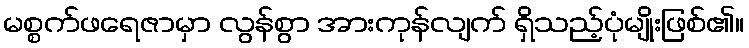
မစ္စက်ဖရေဇာမှာ လွန်စွာ အားကုန်လျက် ရှိသည့်ပုံမျိုးဖြစ်၏။